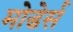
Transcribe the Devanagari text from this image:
मोडेर्स